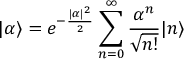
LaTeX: | \alpha \rangle = e ^ { - { \frac { | \alpha | ^ { 2 } } { 2 } } } \sum _ { n = 0 } ^ { \infty } { \frac { \alpha ^ { n } } { \sqrt { n ! } } } | n \rangle